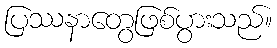
ပြဿနာတွေဖြစ်ပွားသည်။